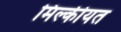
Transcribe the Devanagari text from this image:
मिल्कीयत